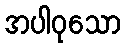
အပါဝုသော